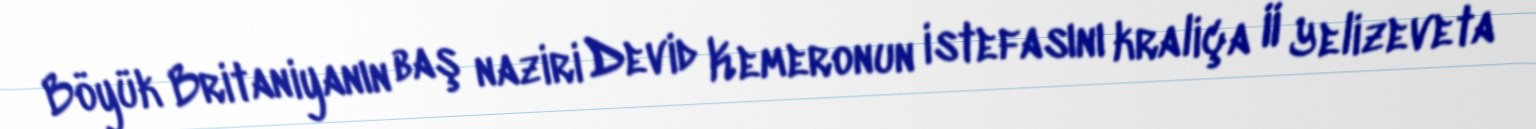
Böyük Britaniyanın baş naziri Devid Kemeronun istefasını kraliça II Yelizeveta